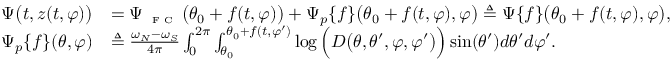
\begin{array} { r l } { \Psi \big ( t , z ( t , \varphi ) \big ) } & { = \Psi _ { \textnormal { \tiny { F C } } } \big ( \theta _ { 0 } + f ( t , \varphi ) \big ) + \Psi _ { p } \{ f \} \big ( \theta _ { 0 } + f ( t , \varphi ) , \varphi \big ) \triangleq \Psi \{ f \} \big ( \theta _ { 0 } + f ( t , \varphi ) , \varphi \big ) , } \\ { \Psi _ { p } \{ f \} ( \theta , \varphi ) } & { \triangleq \frac { \omega _ { N } - \omega _ { S } } { 4 \pi } \int _ { 0 } ^ { 2 \pi } \int _ { \theta _ { 0 } } ^ { \theta _ { 0 } + f ( t , \varphi ^ { \prime } ) } \log \Big ( D \big ( \theta , \theta ^ { \prime } , \varphi , \varphi ^ { \prime } \big ) \Big ) \sin ( \theta ^ { \prime } ) d \theta ^ { \prime } d \varphi ^ { \prime } . } \end{array}